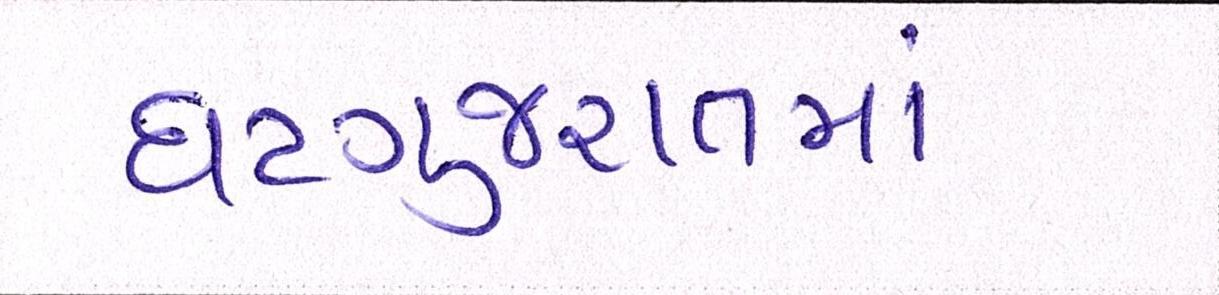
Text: ઘટગુજરાતમાં